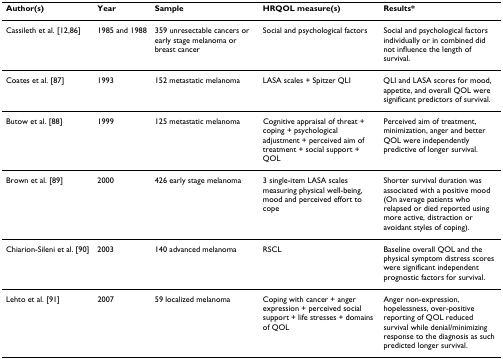
<table><thead><tr><td><b>Author(s)</b></td><td><b>Year</b></td><td><b>Sample</b></td><td><b>HRQOL measure(s)</b></td><td><b>Results*</b></td></tr></thead><tbody><tr><td>Cassileth et al. [12,86]</td><td>1985 and 1988</td><td>359 unresectable cancers or early stage melanoma or breast cancer</td><td>Social and psychological factors</td><td>Social and psychological factors individually or in combined did not influence the length of survival.</td></tr><tr><td>Coates et al. [87]</td><td>1993</td><td>152 metastatic melanoma</td><td>LASA scales + Spitzer QLI</td><td>QLI and LASA scores for mood, appetite, and overall QOL were significant predictors of survival.</td></tr><tr><td>Butow et al. [88]</td><td>1999</td><td>125 metastatic melanoma</td><td>Cognitive appraisal of threat + coping + psychological adjustment + perceived aim of treatment + social support + QOL</td><td>Perceived aim of treatment, minimization, anger and better QOL were independently predictive of longer survival.</td></tr><tr><td>Brown et al. [89]</td><td>2000</td><td>426 early stage melanoma</td><td>3 single-item LASA scales measuring physical well-being, mood and perceived effort to cope</td><td>Shorter survival duration was associated with a positive mood (On average patients who relapsed or died reported using more active, distraction or avoidant styles of coping).</td></tr><tr><td>Chiarion-Sileni et al. [90]</td><td>2003</td><td>140 advanced melanoma</td><td>RSCL</td><td>Baseline overall QOL and the physical symptom distress scores were significant independent prognostic factors for survival.</td></tr><tr><td>Lehto et al. [91]</td><td>2007</td><td>59 localized melanoma</td><td>Coping with cancer + anger expression + perceived social support + life stresses + domains of QOL</td><td>Anger non-expression, hopelessness, over-positive reporting of QOL reduced survival while denial/minimizing response to the diagnosis as such predicted longer survival.</td></tr></tbody></table>